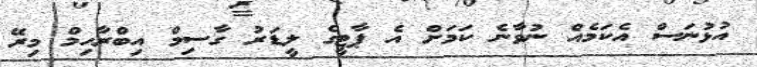
އުޅުނަސް އެކަމެއް ނުވާނެ ކަމަށް އެ ޕާޓީގެ ލީޑަރު ގާސިމް އިބްރާހިމް މިރޭ